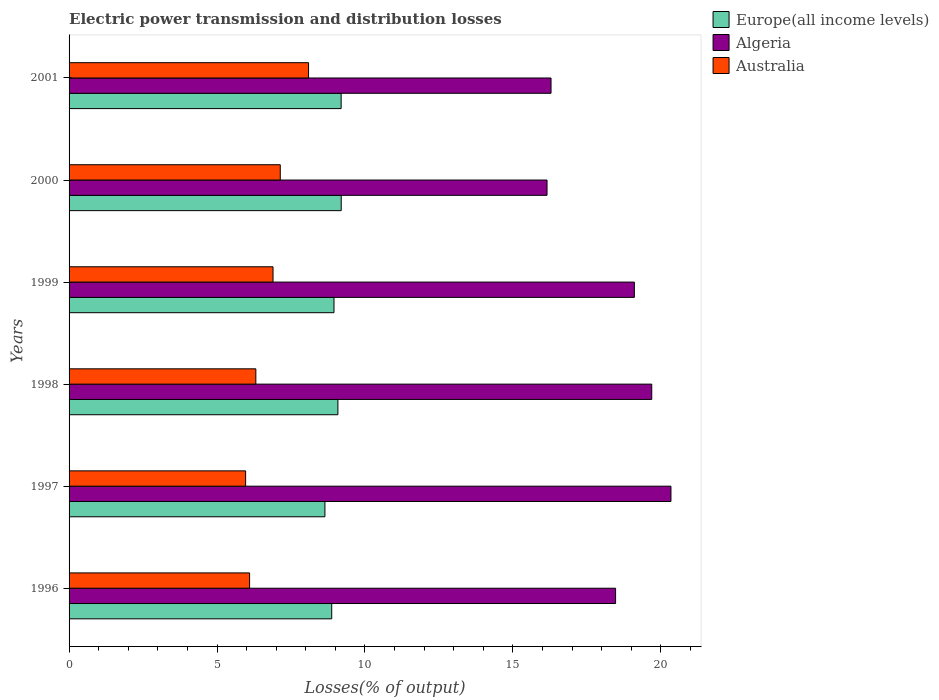
| Years | Europe(all income levels) | Algeria | Australia |
 | --- | --- | --- | --- |
 | 1996 | 8.88 | 18.5 | 6.1 |
 | 1997 | 8.65 | 20.3 | 5.97 |
 | 1998 | 9.09 | 19.7 | 6.31 |
 | 1999 | 8.95 | 19.1 | 6.89 |
 | 2000 | 9.2 | 16.2 | 7.14 |
 | 2001 | 9.2 | 16.3 | 8.09 |